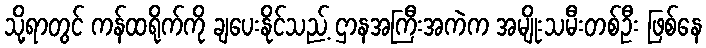
သို့ရာတွင် ကန်ထရိုက်ကို ချပေးနိုင်သည့် ဌာနအကြီးအကဲက အမျိုးသမီးတစ်ဦး ဖြစ်နေ